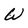
Character: W